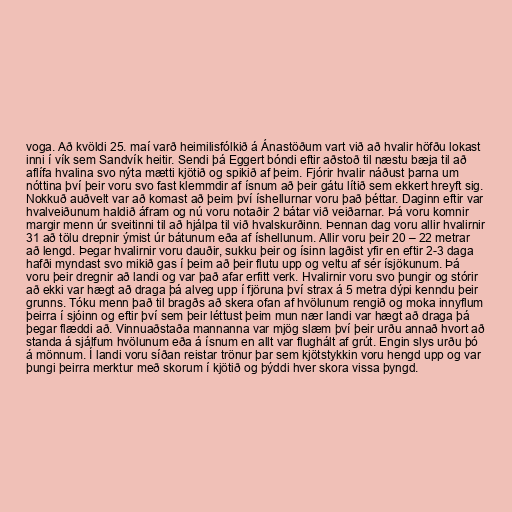
voga. Að kvöldi 25. maí varð heimilisfólkið á Ánastöðum vart við að hvalir höfðu lokast
inni í vík sem Sandvík heitir. Sendi þá Eggert bóndi eftir aðstoð til næstu bæja til að
aflífa hvalina svo nýta mætti kjötið og spikið af þeim. Fjórir hvalir náðust þarna um
nóttina því þeir voru svo fast klemmdir af ísnum að þeir gátu lítið sem ekkert hreyft sig.
Nokkuð auðvelt var að komast að þeim því íshellurnar voru það þéttar. Daginn eftir var
hvalveiðunum haldið áfram og nú voru notaðir 2 bátar við veiðarnar. Þá voru komnir
margir menn úr sveitinni til að hjálpa til við hvalskurðinn. Þennan dag voru allir hvalirnir
31 að tölu drepnir ýmist úr bátunum eða af íshellunum. Allir voru þeir 20 – 22 metrar
að lengd. Þegar hvalirnir voru dauðir, sukku þeir og ísinn lagðist yfir en eftir 2-3 daga
hafði myndast svo mikið gas í þeim að þeir flutu upp og veltu af sér ísjökunum. Þá
voru þeir dregnir að landi og var það afar erfitt verk. Hvalirnir voru svo þungir og stórir
að ekki var hægt að draga þá alveg upp í fjöruna því strax á 5 metra dýpi kenndu þeir
grunns. Tóku menn það til bragðs að skera ofan af hvölunum rengið og moka innyflum
þeirra í sjóinn og eftir því sem þeir léttust þeim mun nær landi var hægt að draga þá
þegar flæddi að. Vinnuaðstaða mannanna var mjög slæm því þeir urðu annað hvort að
standa á sjálfum hvölunum eða á ísnum en allt var flughált af grút. Engin slys urðu þó
á mönnum. Í landi voru síðan reistar trönur þar sem kjötstykkin voru hengd upp og var
þungi þeirra merktur með skorum í kjötið og þýddi hver skora vissa þyngd.